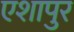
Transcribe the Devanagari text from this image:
एशापुर